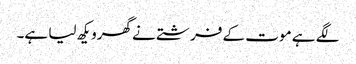
لگے ہے موت کے فرشتے نے گھرویکھ لیا ہے۔